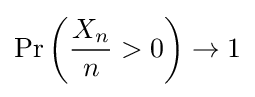
\Pr \left({\frac {X_{n}}{n}}>0\right)\rightarrow 1